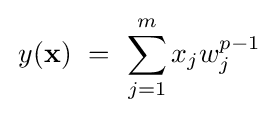
\,y(\mathbf {x} )~=~\sum _{j=1}^{m}x_{j}w_{j}^{p-1}